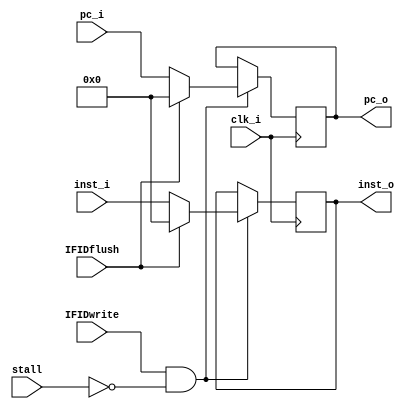
module IFIDRegister
(
	clk_i,
	pc_i,
	inst_i,
	IFIDwrite,
	IFIDflush,
	stall,
	pc_o,
	inst_o
);
	input clk_i;
	input [31:0] pc_i;
	input [31:0] inst_i;
	input IFIDwrite; // stall
	input stall;
	input IFIDflush; //flush

	output reg [31:0] pc_o;
	output reg [31:0] inst_o;

	always@(posedge clk_i) begin
		if(IFIDwrite && !stall)begin
			if(IFIDflush)begin
				pc_o <= 32'b0;
				inst_o <= 32'b0;
			end
			else begin 
				pc_o <= pc_i;
				inst_o <= inst_i;
			end
		end
	end

endmodule

module IDEXRegister
(
	clk_i,
	regdst_ctrl,
	aluop_ctrl,
	alusrc_ctrl,
	regwrite_ctrl,
	memread_ctrl,
	memwrite_ctrl,
	mem2reg_ctrl,
	rsdata_i,
	rtdata_i,
	immediate_i,
	rsaddr_i,
	rtaddr_i,
	rdaddr_i,
	func_i,
	stall,
	regdst_o,
	aluop_o,
	alusrc_o,
	regwrite_o,
	memread_o,
	memwrite_o,
	mem2reg_o,
	rsdata_o,
	rtdata_o,
	immediate_o,
	rsaddr_o,
	rtaddr_o,
	rdaddr_o,
	func_o
);

	input clk_i;
	input regdst_ctrl;
	input [2:0] aluop_ctrl;
	input alusrc_ctrl;
	input regwrite_ctrl;
	input memread_ctrl;
	input memwrite_ctrl;
	input mem2reg_ctrl;
	input [31:0] rsdata_i;
	input [31:0] rtdata_i;
	input [31:0] immediate_i;
	input [4:0] rsaddr_i;
	input [4:0] rtaddr_i;
	input [4:0] rdaddr_i;
	input [5:0] func_i;
	input stall;

	output reg regdst_o;
	output reg [2:0] aluop_o;
	output reg alusrc_o;
	output reg regwrite_o;
	output reg memread_o;
	output reg memwrite_o;
	output reg mem2reg_o;
	output reg [31:0] rsdata_o;
	output reg [31:0] rtdata_o;
	output reg [31:0] immediate_o;
	output reg [4:0] rsaddr_o;
	output reg [4:0] rtaddr_o;
	output reg [4:0] rdaddr_o;
	output reg [5:0] func_o;

	initial begin
		memread_o <= 1'b0;
		memwrite_o <= 1'b0;
	end

	always@(posedge clk_i) begin	
		if(!stall)begin	
			regdst_o <= regdst_ctrl;
			aluop_o <= aluop_ctrl;
			alusrc_o <= alusrc_ctrl;
			regwrite_o <= regwrite_ctrl;
			memread_o <= memread_ctrl;
			memwrite_o <= memwrite_ctrl;
			mem2reg_o <= mem2reg_ctrl;
			rsdata_o <= rsdata_i;
			rtdata_o <= rtdata_i;
			immediate_o <= immediate_i;
			rsaddr_o <= rsaddr_i;
			rtaddr_o <= rtaddr_i;
			rdaddr_o <= rdaddr_i;
			func_o <= func_i;
		end
	end

endmodule

module EXMEMregister
(
	clk_i,
	regwrite_i,
	ALUout_i,
	regdst_i,
	ALUrtdata_i,
	memread_i,
	memwrite_i,
	mem2reg_i,
	stall,
	regwrite_o,
	ALUout_o,
	regdst_o,
	ALUrtdata_o,
	memread_o,
	memwrite_o,
	mem2reg_o
);

	input clk_i;
	input regwrite_i;
	input [31:0] ALUout_i;
	input [4:0] regdst_i;
	input [31:0] ALUrtdata_i;
	input memread_i, memwrite_i, mem2reg_i;
	input stall;

	output reg regwrite_o;
	output reg [31:0] ALUout_o;
	output reg [4:0] regdst_o;
	output reg [31:0] ALUrtdata_o;
	output reg memread_o, memwrite_o, mem2reg_o;

	initial begin
		memread_o <= 1'b0;
		memwrite_o <= 1'b0;
	end

	always@(posedge clk_i) begin
		if(!stall) begin
			regwrite_o <= regwrite_i;
			ALUout_o <= ALUout_i;
			regdst_o <= regdst_i;
			ALUrtdata_o <= 	ALUrtdata_i;
			memread_o <= memread_i;
			memwrite_o <= memwrite_i;
			mem2reg_o <= mem2reg_i;
		end
	end

endmodule

module MEMWBregister
(
	clk_i,
	regwrite_i,
	ALUout_i,
	regdst_i,
	mem2reg_i,
	dmdata_i,
	stall,
	regwrite_o,
	ALUout_o,
	regdst_o,
	mem2reg_o,
	dmdata_o
);
	input clk_i;
	input regwrite_i;
	input [31:0] ALUout_i;
	input [4:0] regdst_i;
	input mem2reg_i;
	input [31:0] dmdata_i;
	input stall;

	output reg regwrite_o;
	output reg [31:0] ALUout_o;
	output reg [4:0] regdst_o;
	output reg mem2reg_o;
	output reg [31:0] dmdata_o;

	always@(posedge clk_i) begin
		if(!stall) begin
			regwrite_o <= regwrite_i;
			ALUout_o <= ALUout_i;
			regdst_o <= regdst_i;
			mem2reg_o <= mem2reg_i;
			dmdata_o <= dmdata_i;
		end
	end
endmodule